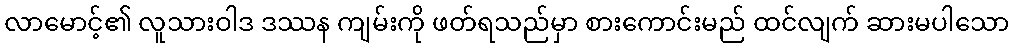
လာမောင့်၏ လူသားဝါဒ ဒဿန ကျမ်းကို ဖတ်ရသည်မှာ စားကောင်းမည် ထင်လျက် ဆားမပါသော